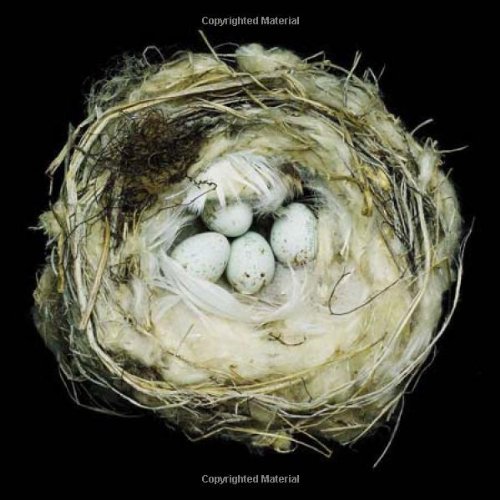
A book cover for Nests: Fifty Nests and the Birds that Built Them; Science & Math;